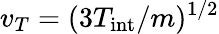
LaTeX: v_{T}=(3T_{\mathrm{int}}/m)^{1/2}